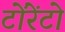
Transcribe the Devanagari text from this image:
टोंरेंटो